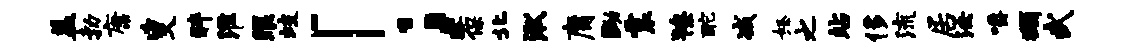
盖勃康叟醉淮眼歧「；葆北湫庸黝震獠酡减怒之站侈流居法嚼蠲武